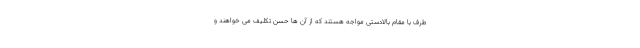
طرف با مقام بالادستی مواجه هستند که از آن ها حسن تکلیف می خواهند و